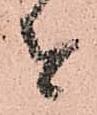
せ